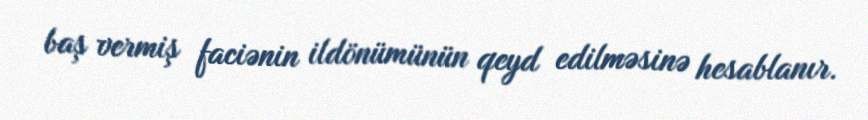
baş vermiş faciənin ildönümünün qeyd edilməsinə hesablanır.